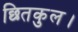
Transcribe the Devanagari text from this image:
छितकुल।